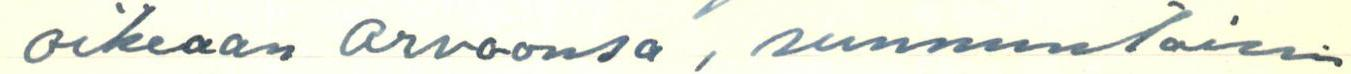
oikeaan arvoonsa, sunnuntaisin